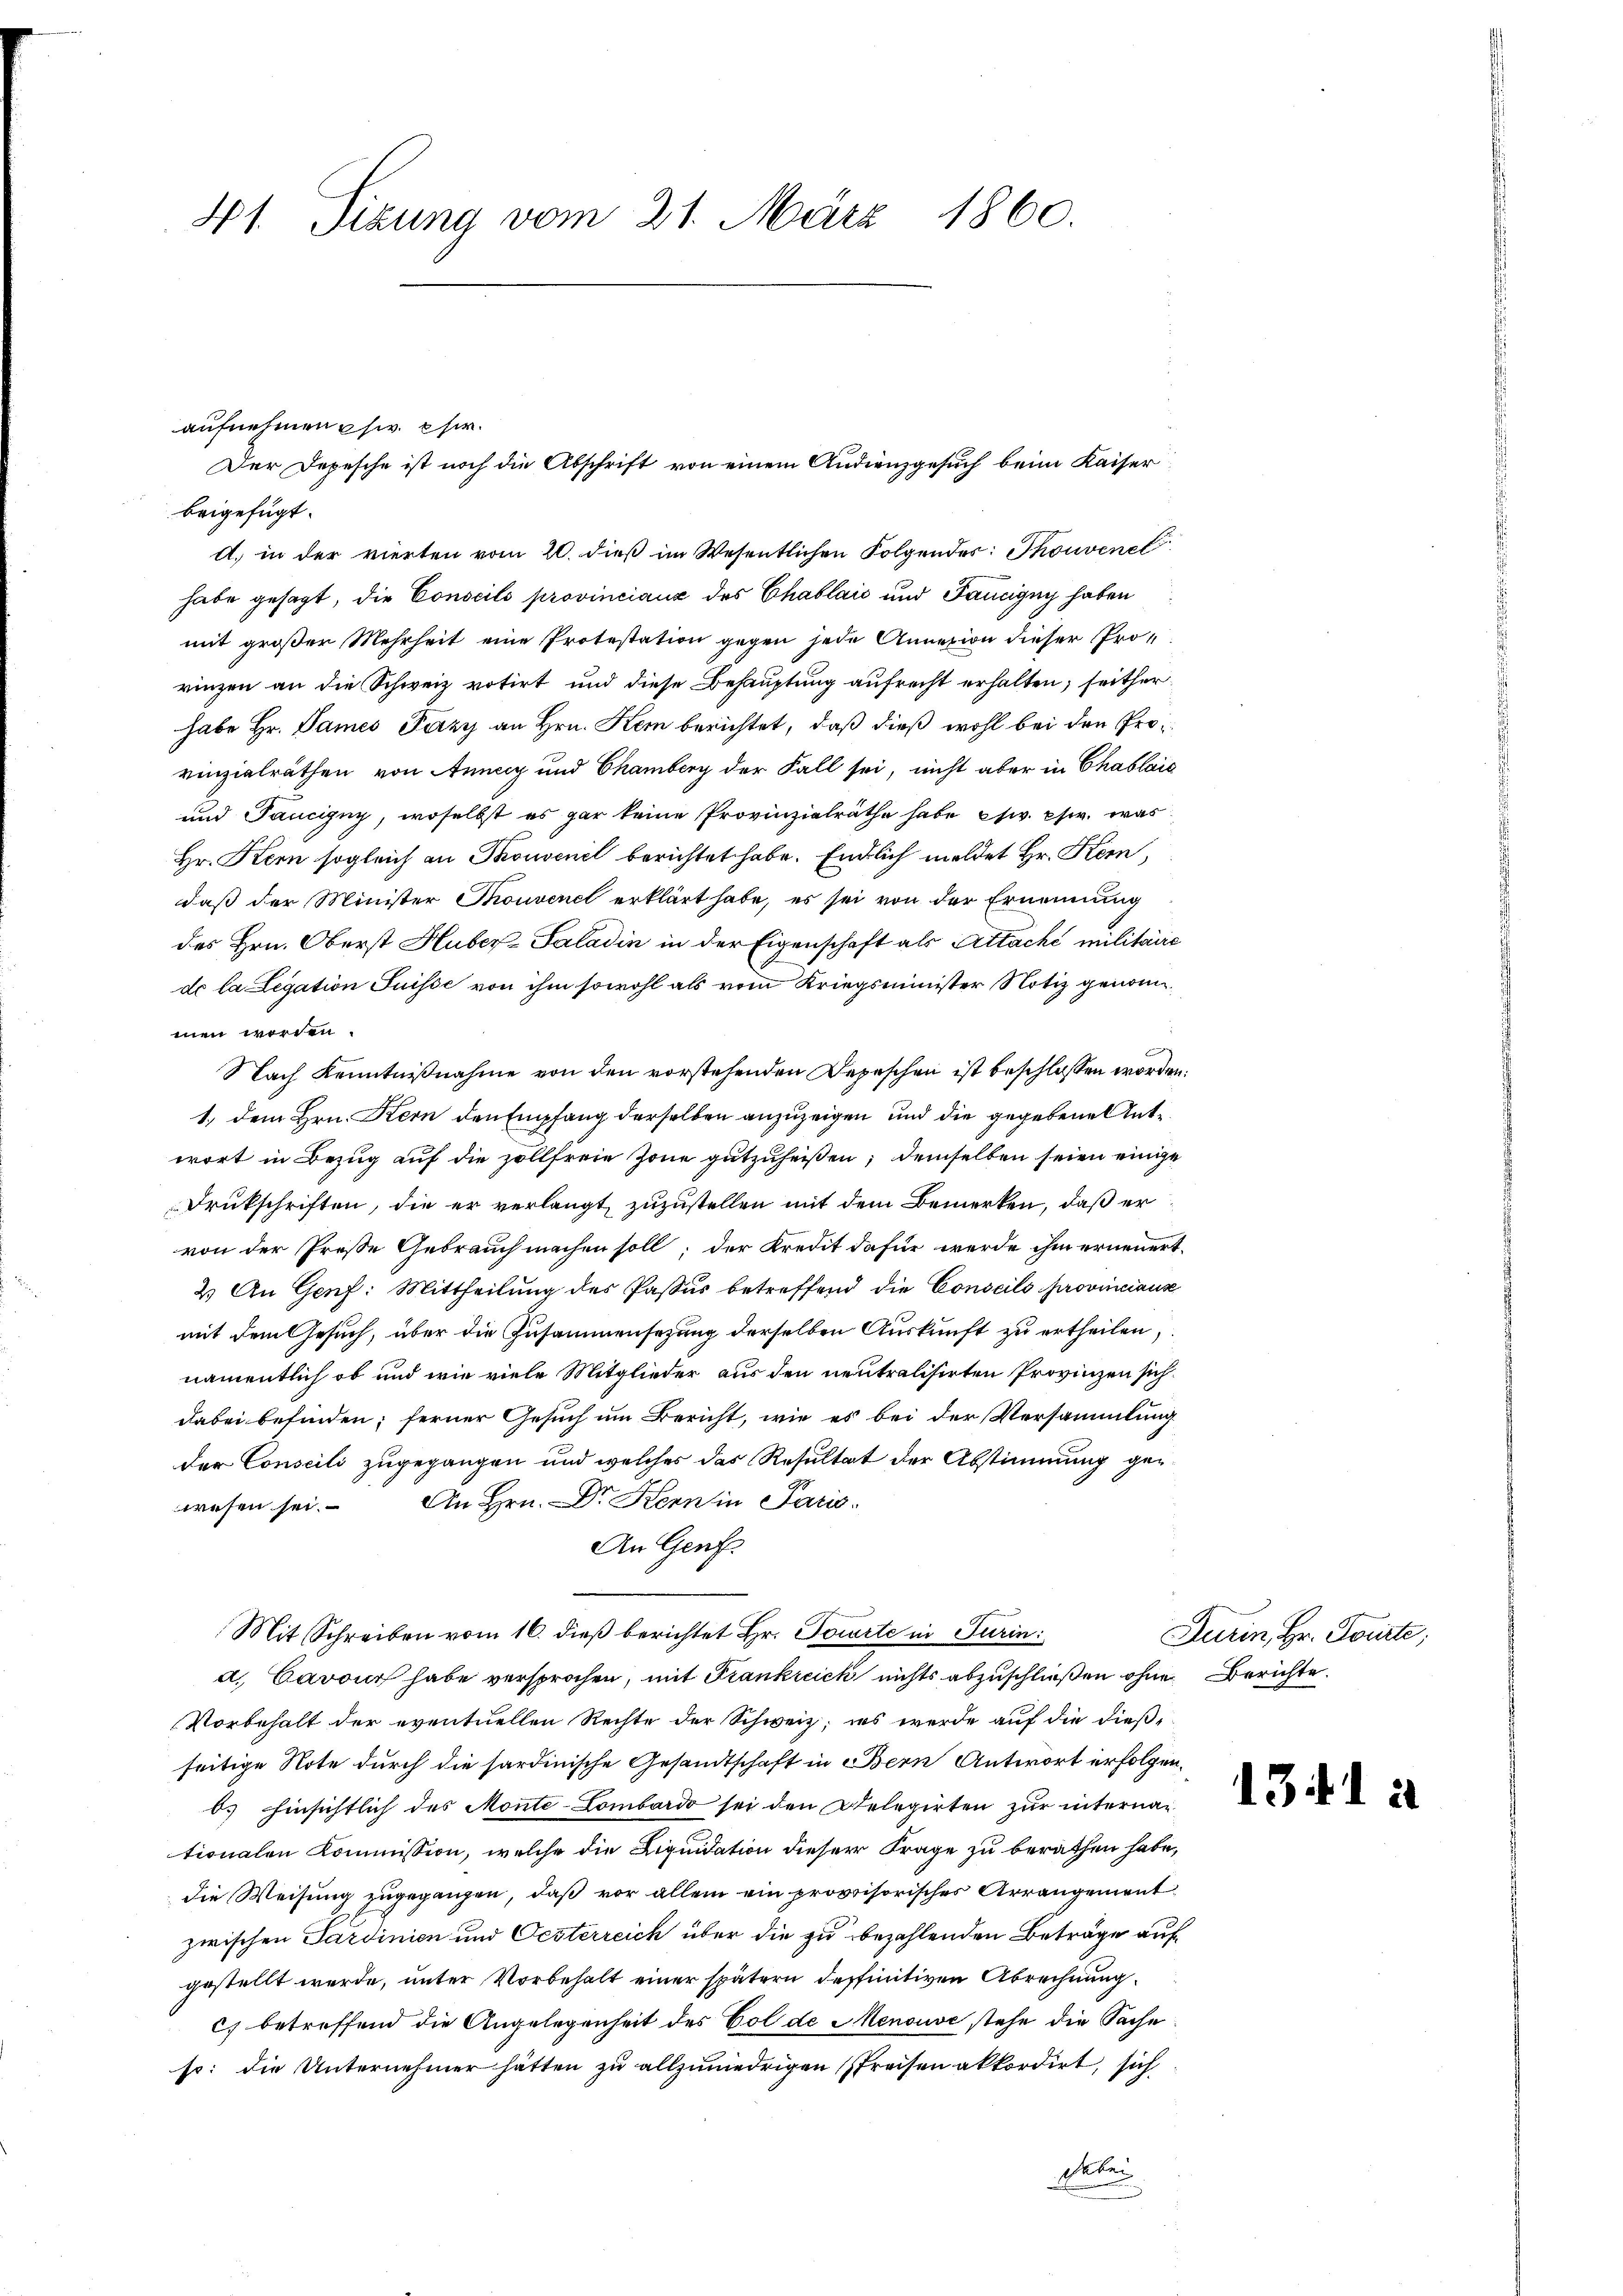
41. Sizung vom 21. März 1860.

aufnehmen chw. Chir
beigefügt.
d. in der vierten vom 20. dieß im Wesentlichen Folgendes: Thouvenel
habe gesagt, die Conseils provinciaux des Chablaić und Taucigny haben
mit großer Mehrheit eine Protestation gegen jede Annexion dieser Prorinzen an die Schweiz votirt und diese Behauptung aufrecht erhalten, seither
habe Hr. Dames Pazy an Hrn. Kein berichtet, daß dieß wohl bei den Provinzialräthen von Anney und Chamberg der Fall sei, nicht aber in Chablaic
und Taucigny, woselbst es gar keine Provinzialräthe habe etc. chw. was
Hr. Kern sogleich an Konvenel berichtet habe. Endlich meldet Hr. Kem,
daß der Minister Thonvenel erklärt habe, es sei von der Ernennung
des Hrn. Oberst Huber-Saladin in der Eigenschaft als Attaché militaire
de la Legation Suisse von ihm sowohl als vom Kriegsminister Notiz genom
men worden.
Nach Kenntnißnahme von den vorstehenden Depeschen ist beschlossen worden.
1., dem Hrn. Kern den Empfang derselben anzuzeigen und die gegebene Unte
wort in Bezug auf die Zollfreie Zone gutzuheißen; demselben seien einige
Drukschriften, die er verlangt zuzustellen mit dem Bemerken, daß er
von der Prose Gebrauch machen soll; der Kredit dafür werde ihm erneuert.
2) An Genf: Mittheilung des Passus betreffend die Conseils provinciaus
mit dem Gesuch, über die Zusammensezung derselben Auskunft zu ertheilen,
namentlich ob und wie viele Mitglieder aus den neutralisirten Provinzen sich
dabei befinden; ferner Gesuch um Bericht, wie es bei der Versammlung
der Conseili zugegangen und welches das Resultat der Abstimmung gewesen sei. An Hrn. Dr Kern in Paris
An Genf
Mit Schreiben vom 16. dieß berichtet Hr. Torte in Turin:
a. Cavour habe versprochen, mit Frankreich nichts abzuschließen ohne Berichte
Vorbehalt der eventuellen Rechte der Schweiz, es werde auf die dießseitige Note durch die sardinische Gesandtschaft in Bern Antwort erfolgenb. Einsichtlich des Monte-Lombardo sei den Delegirten zur internan
tionalen Kommission, welche die Liquidation dieser Frage zu berathen habe,
die Weisung zugegangen, daß vor allein ein provisorisches Arrangement
zwischen Sardinien und Oesterreich über die zu bezahlenden Beträge auf
gestellt werde, unter Vorbehalt einer spätern deffinitiven Abrechnung
c) betreffend die Angelegenheit des Col de Menouve stehe die Sache
so: die Unternehmer hätten zu allzuniedrigen spreisen akkordirt, sich
Stei

Der Depesche ist noch die Abschrift von einem Audienzgesuch beim Kaiser

i

Durin, Hr. Toute;

1341 à